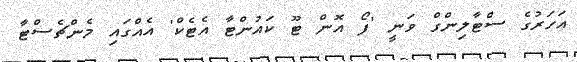
އަހަރުގެ ސްޓާލިންގް ވަނީ 'ފޯ އޮން ޓޫ ކައުންޓާ އެޓެކް' އެއްގައި މެންޗެސްޓާ